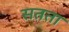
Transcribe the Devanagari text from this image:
सतता